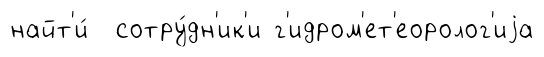
найт'и́ сотру́дн'ик'и г'идром'ет'еоролог'иjа